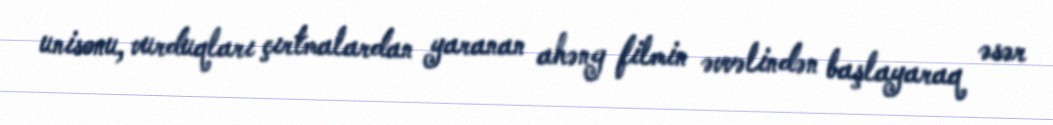
unisonu, vurduqları çırtmalardan yaranan ahəng filmin əvvəlindən başlayaraq əsər